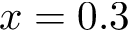
x = 0 . 3